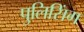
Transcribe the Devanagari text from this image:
पुलिसिंग